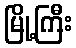
မြို့ကြီး